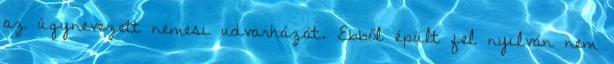
az úgynevezett nemesi udvarházát. Ebből épült fel nyilván nem